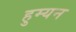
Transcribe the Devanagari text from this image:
हुम्यन